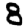
Digit: 8